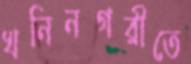
খনিনগরীতে